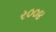
ર૦૦૪